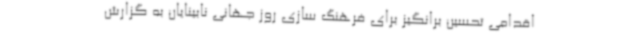
اقدامی تحسین برانگیز برای فرهنگ سازی روز جهانی نابینایان به گزارش